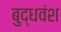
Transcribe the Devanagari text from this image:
बुद्धवंश